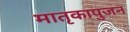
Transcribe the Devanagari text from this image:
मातृकापुजन